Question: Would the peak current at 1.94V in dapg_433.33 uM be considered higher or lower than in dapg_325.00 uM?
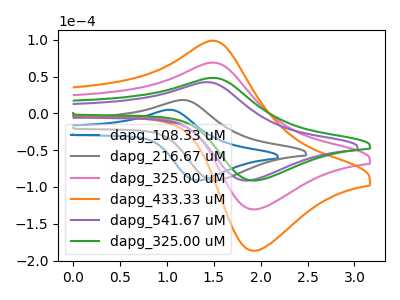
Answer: <think>The blue curve "dapg_108.33 uM" has an anodic peak at (1.00V, 4.90uA) and a cathodic peak at (1.35V, -91.20uA). The gray curve "dapg_216.67 uM" has an anodic peak at (1.15V, 18.15uA) and a cathodic peak at (1.55V, -91.20uA). The pink curve "dapg_325.00 uM" has an anodic peak at (1.50V, 68.95uA) and a cathodic peak at (1.95V, -130.45uA). The orange curve "dapg_433.33 uM" has an anodic peak at (1.50V, 137.85uA) and a cathodic peak at (1.95V, -260.90uA). The purple curve "dapg_541.67 uM" has an anodic peak at (1.40V, 42.40uA) and a cathodic peak at (1.85V, -91.20uA). The green curve "dapg_325.00 uM" has an anodic peak at (1.50V, 48.20uA) and a cathodic peak at (1.95V, -91.20uA).</think>
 <answer>The peak at 1.94V is higher in "dapg_433.33 uM" than in "dapg_325.00 uM".</answer>
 <eval>higher</eval>